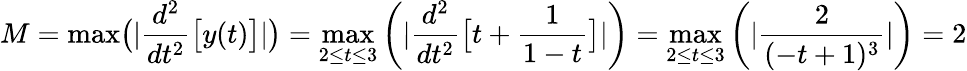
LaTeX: M={\mathrm{max}}{\bigl(}|{\frac{d^{2}}{dt^{2}}}{\bigl[}y(t){\bigr]}|{\bigr)}=\operatorname*{max}_{2\leq t\leq 3}\left(|{\frac{d^{2}}{dt^{2}}}{\bigl[}t+{\frac{1}{1-t}}{\bigr]}|\right)=\operatorname*{max}_{2\leq t\leq 3}\left(|{\frac{2}{(-t+1)^{3}}}|\right)=2